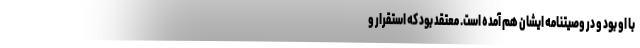
با او بود و در وصیتنامه ایشان هم آمده است. معتقد بود که استقرار و